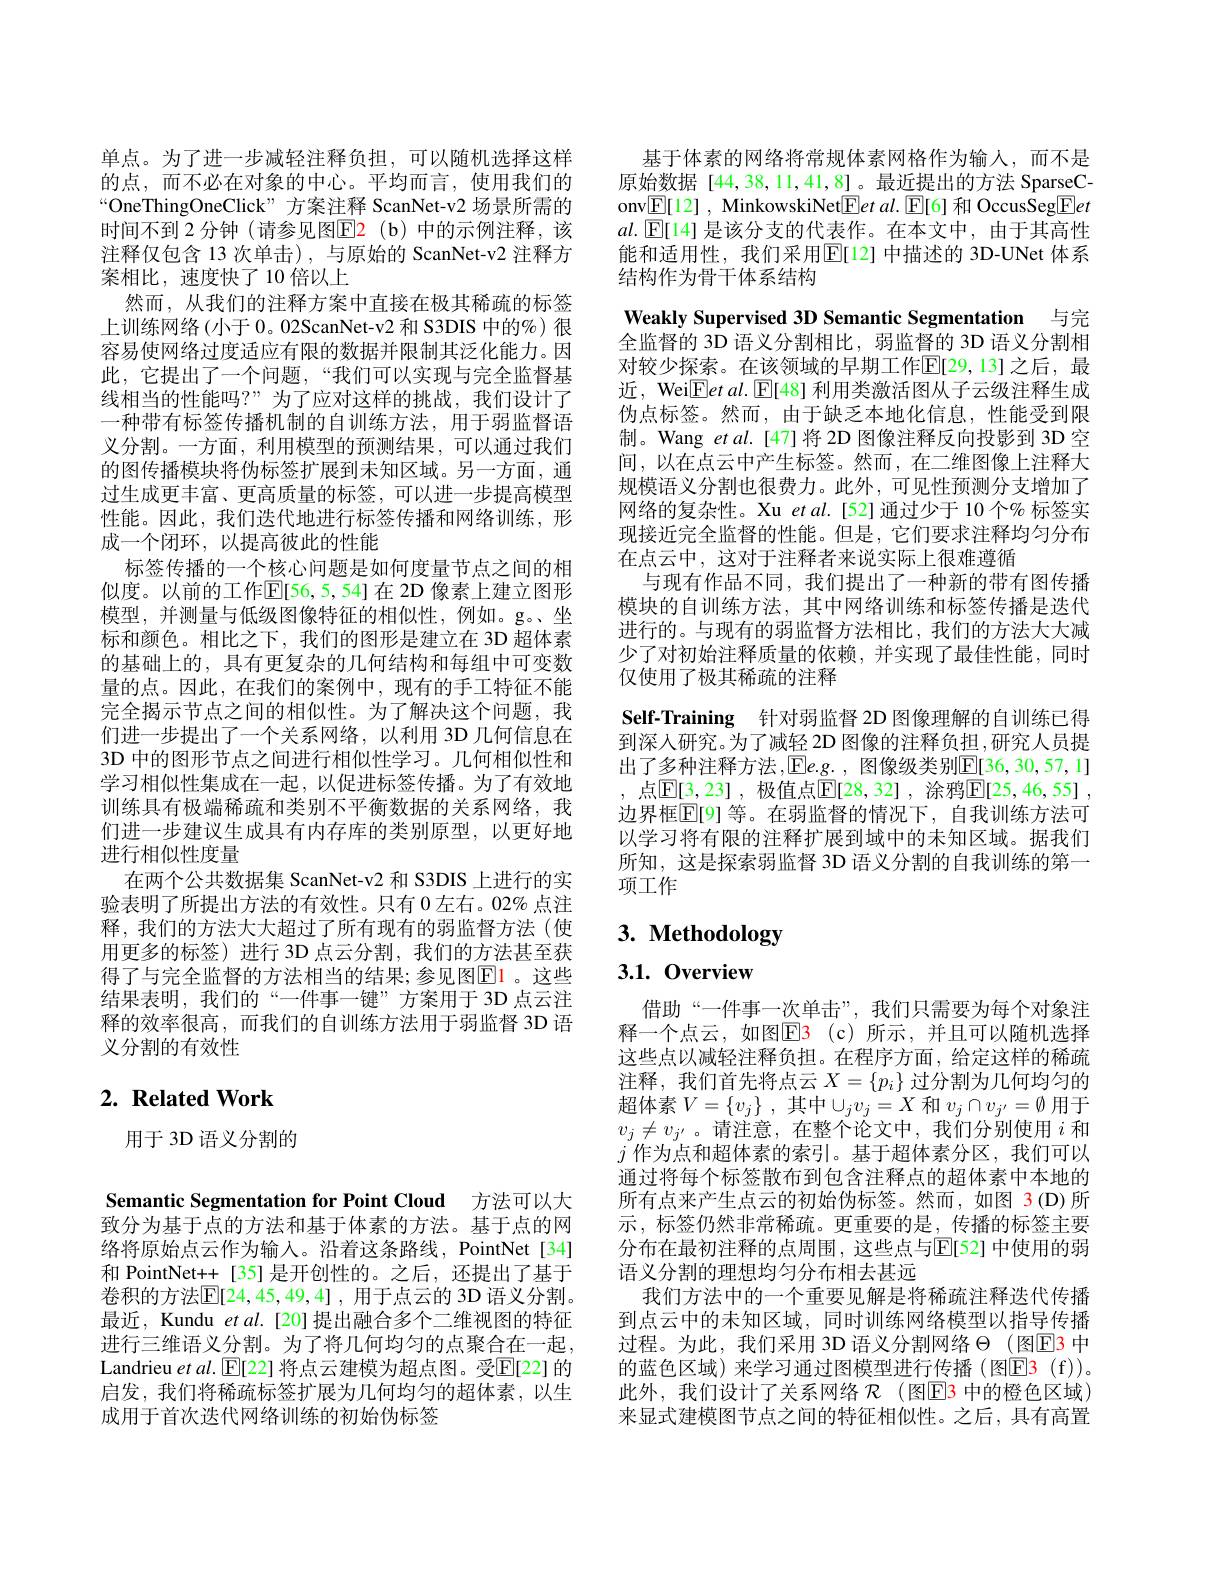
单点。为了进一步减轻注释负担，可以随机选择这样的点，而不必在对象的中心。平均而言，使用我们的“OneThingOneClick” 方案注释 ScanNet-v2 场景所需的时间不到 2 分钟 (请参见图$\boxed{\mathrm{E}}\color{red}{2}$ (b) 中的示例注释，该注释仅包含 13 次单击), 与原始的 ScanNet-v2 注释方案相比，速度快了10倍以上
然而，从我们的注释方案中直接在极其稀疏的标签上训练网络(小于 0。02ScanNet-v2 和 S3DIS 中的%)很容易使网络过度适应有限的数据并限制其泛化能力。因此，它提出了一个问题，“我们可以实现与完全监督基线相当的性能吗？”为了应对这样的挑战，我们设计了一种带有标签传播机制的自训练方法，用于弱监督语义分割。一方面，利用模型的预测结果，可以通过我们的图传播模块将伪标签扩展到未知区域。另一方面，通过生成更丰富、更高质量的标签，可以进一步提高模型性能。因此，我们迭代地进行标签传播和网络训练，形成一个闭环，以提高彼此的性能
标签传播的一个核心问题是如何度量节点之间的相似度。以前的工作E[56,5,54]在 2D 像素上建立图形模型，并测量与低级图像特征的相似性，例如。g。坐标和颜色。相比之下，我们的图形是建立在 3D 超体素的基础上的，具有更复杂的几何结构和每组中可变数量的点。因此，在我们的案例中，现有的手工特征不能完全揭示节点之间的相似性。为了解决这个问题，我们进一步提出了一个关系网络，以利用 3D 几何信息在3D 中的图形节点之间进行相似性学习。几何相似性和学习相似性集成在一起，以促进标签传播。为了有效地训练具有极端稀疏和类别不平衡数据的关系网络，我们进一步建议生成具有内存库的类别原型，以更好地进行相似性度量
在两个公共数据集 ScanNet-v2 和 S3DIS 上进行的实验表明了所提出方法的有效性。只有 0 左右。02% 点注释，我们的方法大大超过了所有现有的弱监督方法(使用更多的标签)进行 3D 点云分割，我们的方法甚至获得了与完全监督的方法相当的结果；参见图El。这些结果表明，我们的“一件事一键”方案用于 3D 点云注释的效率很高，而我们的自训练方法用于弱监督 3D 语义分割的有效性

# $2. \textbf{ Related Work}$

用于 3D 语义分割的

Semantic Segmentation for Point Cloud 方法可以大致分为基于点的方法和基于体素的方法。基于点的网络将原始点云作为输入。沿着这条路线，PointNet[34] 和 PointNet++ [35] 是开创性的。之后，还提出了基于卷积的方法$\mathbb{E}[24,45,49,4]$ ,用于点云的 3D 语义分割。最近，Kundu et al.[20]提出融合多个二维视图的特征进行三维语义分割。为了将几何均匀的点聚合在一起， Landrieu $etal.\operatorname{E}[$22] 将点云建模为超点图。受$\operatorname{E}[$22] 的启发，我们将稀疏标签扩展为几何均匀的超体素，以生成用于首次迭代网络训练的初始伪标签

基于体素的网络将常规体素网格作为输人，而不是原始数据[44,38,11,41,8]。最近提出的方法 SparseConv$\boxed{\mathrm{F}}[12]$, MinkowskiNet$\boxed{\mathrm{F}}etal.\boxed{\mathrm{E}}[6]$和 OccusSeg$\boxed{\mathrm{F}}et$ $al.\boxed{\mathbb{E}}[14]$是该分支的代表作。在本文中，由于其高性能和适用性，我们采用$\overline{\mathbb{E}}[12]$ 中描述的 3D-UNet 体系结构作为骨干体系结构

Weakly Supervised 3D Semantic Segmentation 与完全监督的 3D 语义分割相比，弱监督的 3D 语义分割相对较少探索。在该领域的早期工作$\mathbb{E}[29,13]$之后，最近，Wei$\boxed{\mathrm{F}}etal.\boxed{\mathrm{E}}[48]$利用类激活图从子云级注释生成伪点标签。然而，由于缺乏本地化信息，性能受到限制。Wang $etal.$ [47]将 2D 图像注释反向投影到 3D 空间，以在点云中产生标签。然而，在二维图像上注释大规模语义分割也很费力。此外，可见性预测分支增加了网络的复杂性。Xu $etal.[52]$通过少于 10 个% 标签实现接近完全监督的性能。但是，它们要求注释均匀分布在点云中，这对于注释者来说实际上很难遵循
与现有作品不同，我们提出了一种新的带有图传播模块的自训练方法，其中网络训练和标签传播是迭代进行的。与现有的弱监督方法相比，我们的方法大大减少了对初始注释质量的依赖，并实现了最佳性能，同时仅使用了极其稀疏的注释
Self-Training 针对弱监督 2D 图像理解的自训练已得到深人研究。为了减轻 2D 图像的注释负担 ,研究人员提出了多种注释方法，Ee.g., 图像级类别$\mathbb{E}[36,30,57,1]$ , 点$\mathbb{E}[3,23]$ ,极值点$\mathbb{E}[28,32]$ ,涂鸦$\mathbb{E}[25,46,55]$ , 边界框$\overline{\mathbb{E}}$[9]等。在弱监督的情况下，自我训练方法可以学习将有限的注释扩展到域中的未知区域。据我们所知，这是探索弱监督 3D 语义分割的自我训练的第一项工作

# 3. Methodology

3.1.0verview

借助“一件事一次单击”,我们只需要为每个对象注释一个点云，如图$\mathbb{E}\color{red}{3}$(c)所示，并且可以随机选择这些点以减轻注释负担。在程序方面，给定这样的稀疏注释，我们首先将点云$X=\{p_i\}$ 过分割为几何均匀的超体素$V= \{ v_j\}$ , 其中$\cup_jv_j=X$ 和 $v_j\cap v_{j^{\prime}}=\emptyset$ 用于$v_j\neq v_{j^{\prime}}$。请注意，在整个论文中，我们分别使用$i$和$j$作为点和超体素的索引。基于超体素分区，我们可以通过将每个标签散布到包含注释点的超体素中本地的所有点来产生点云的初始伪标签。然而，如图 3(D)所示 ,标签仍然非常稀疏。更重要的是 ,传播的标签主要分布在最初注释的点周围，这些点与$\mathbb{E}[52]$ 中使用的弱语义分割的理想均匀分布相去甚远
我们方法中的一个重要见解是将稀疏注释迭代传播到点云中的未知区域，同时训练网络模型以指导传播过程。为此，我们采用 3D 语义分割网络$\Theta$ (图E3 中的蓝色区域) 来学习通过图模型进行传播(图E3(f))。此外，我们设计了关系网络 $\mathcal{R}$ (图$\operatorname{E}$3 中的橙色区域) 来显式建模图节点之间的特征相似性。之后，具有高置